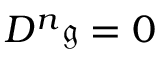
D ^ { n } { \mathfrak { g } } = 0